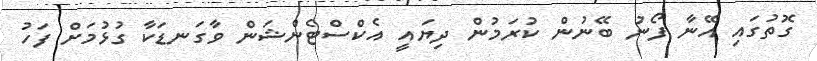
ގޮތުގައި އޭނާ ފޯނު ބޭނުން ކުރަމުން ދިޔައީ އެކްސްޓެންޝަން ވާގަނޑަކާ ގުޅުމަށް ފަހު